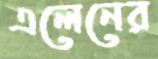
এলেনের